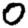
Digit: 0